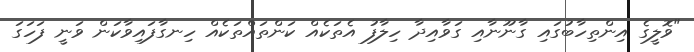
"ވޮލީގެ އިންތިހާބުގައި ގާނޫނާއި ގަވާއިދާ ހިލާފު އެތަކެއް ކަންތައްތަކެއް ހިނގާފައިވާކަން ވަނީ ފަހަގަ